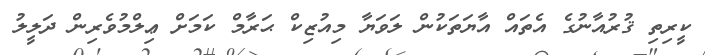
ކީރިތި ޤުރުއާނުގެ އެތައް އާޔަތަކުން ލަވަޔާ މިއުޒިކް ޙަރާމް ކަމަށް ޢިލްމުވެރިން ދަލީލު